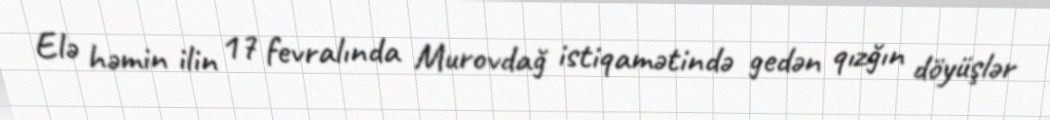
Elə həmin ilin 17 fevralında Murovdağ istiqamətində gedən qızğın döyüşlər